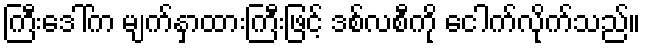
ကြီးဒေါ်က မျက်နှာထားကြီးဖြင့် ဒစ်လစီကို ငေါက်လိုက်သည်။